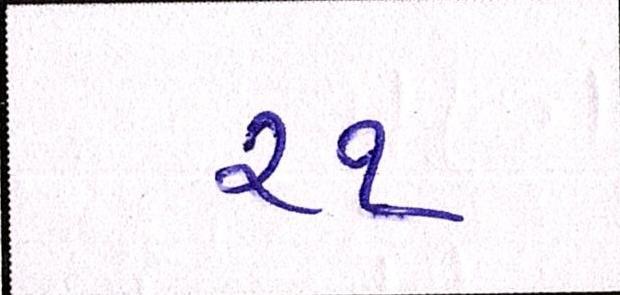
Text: ૨૧